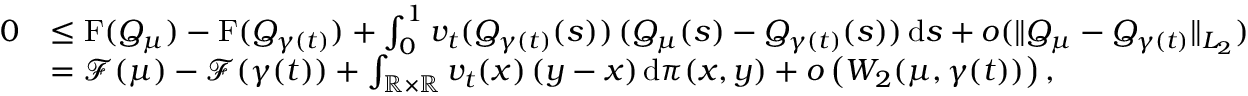
\begin{array} { r l } { 0 } & { \leq \mathrm { F } ( Q _ { \mu } ) - \mathrm { F } ( Q _ { \gamma ( t ) } ) + \int _ { 0 } ^ { 1 } v _ { t } ( Q _ { \gamma ( t ) } ( s ) ) \, ( Q _ { \mu } ( s ) - Q _ { \gamma ( t ) } ( s ) ) \, \mathrm { d } s + o ( \| Q _ { \mu } - Q _ { \gamma ( t ) } \| _ { L _ { 2 } } ) } \\ & { = \mathcal F ( \mu ) - \mathcal F ( \gamma ( t ) ) + \int _ { \mathbb { R } \times \mathbb { R } } v _ { t } ( x ) \, ( y - x ) \, \mathrm { d } \pi ( x , y ) + o \left( W _ { 2 } ( \mu , \gamma ( t ) ) \right) , } \end{array}